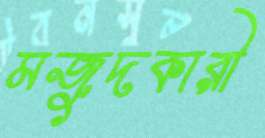
মজুদকারী